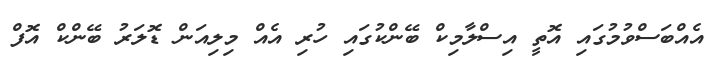
އެއްބަސްވުމުގައި އޮތީ އިސްލާމިކް ބޭންކުގައި ހުރި އެއް މިލިއަން ޑޮލަރު ބޭންކް އޮފް